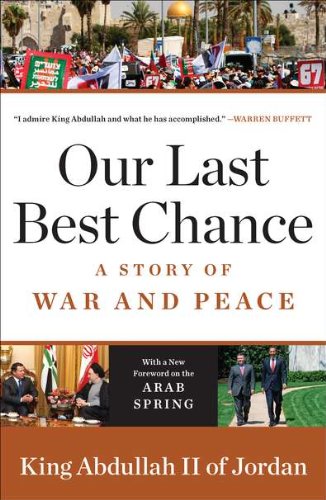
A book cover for Our Last Best Chance: A Story of War and Peace; King Abdullah II of Jordan; History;